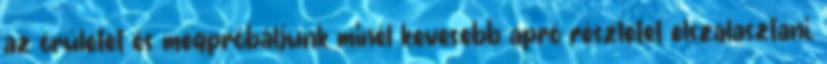
az őrületet és megpróbáljunk minél kevesebb apró részletet elszalasztani.